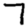
Digit: 7